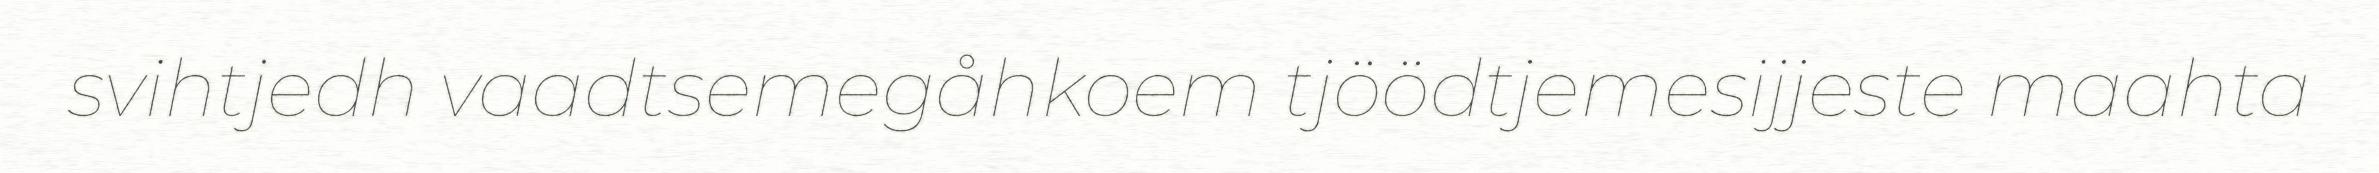
svihtjedh vaadtsemegåhkoem tjöödtjemesijjeste maahta